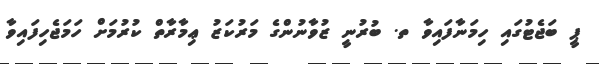
ޕީ ބަޖެޓުގައި ހިމަނާފައިވާ ތ. ބުރުނީ ޒުވާނުންގެ މަރުކަޒު ޢިމާރާތް ކުރުމަށް ހަމަޖެހިފައިވާ